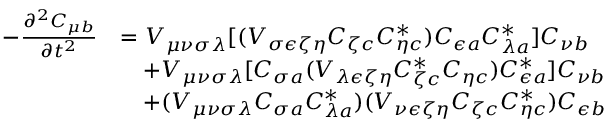
\begin{array} { r l } { - \frac { \partial ^ { 2 } C _ { \mu b } } { \partial t ^ { 2 } } } & { = V _ { \mu \nu \sigma \lambda } [ ( V _ { \sigma \epsilon \zeta \eta } C _ { \zeta c } C _ { \eta c } ^ { * } ) C _ { \epsilon a } C _ { \lambda a } ^ { * } ] C _ { \nu b } } \\ & { \quad + V _ { \mu \nu \sigma \lambda } [ C _ { \sigma a } ( V _ { \lambda \epsilon \zeta \eta } C _ { \zeta c } ^ { * } C _ { \eta c } ) C _ { \epsilon a } ^ { * } ] C _ { \nu b } } \\ & { \quad + ( V _ { \mu \nu \sigma \lambda } C _ { \sigma a } C _ { \lambda a } ^ { * } ) ( V _ { \nu \epsilon \zeta \eta } C _ { \zeta c } C _ { \eta c } ^ { * } ) C _ { \epsilon b } } \end{array}